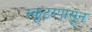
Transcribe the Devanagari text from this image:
स्कूटरपासून